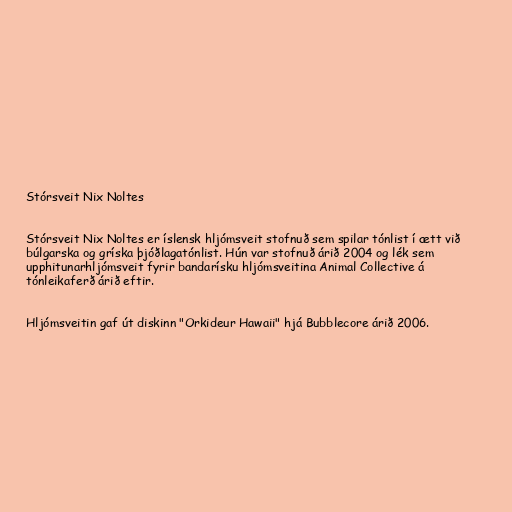
Stórsveit Nix Noltes

Stórsveit Nix Noltes er íslensk hljómsveit stofnuð sem spilar tónlist í ætt við
búlgarska og gríska þjóðlagatónlist. Hún var stofnuð árið 2004 og lék sem
upphitunarhljómsveit fyrir bandarísku hljómsveitina Animal Collective á
tónleikaferð árið eftir.

Hljómsveitin gaf út diskinn "Orkideur Hawaii" hjá Bubblecore árið 2006.